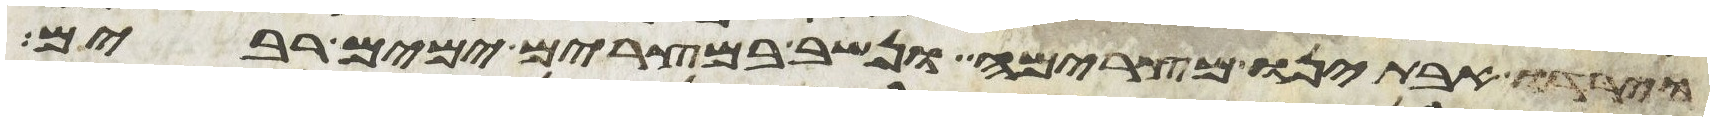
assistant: וירדו אבתינו מצרימה ונשב במצרים ימים רבים